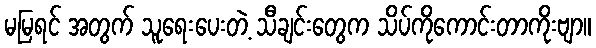
မမြရင် အတွက် သူရေးပေးတဲ့ သီချင်းတွေက သိပ်ကိုကောင်းတာကိုးဗျာ။